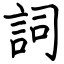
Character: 詞